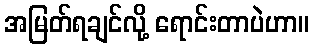
အမြတ်ရချင်လို့ ရောင်းတာပဲဟာ။